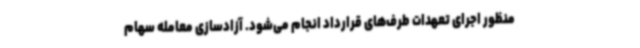
منظور اجرای تعهدات طرف‌های قرارداد انجام می‌شود. آزادسازی معامله سهام